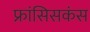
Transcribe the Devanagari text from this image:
फ्रांसिसकंस